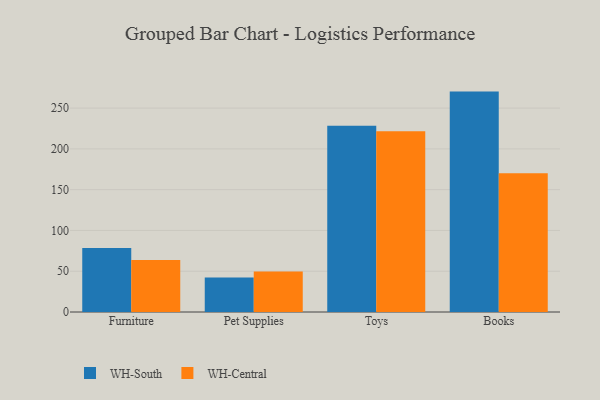
{"axis": {"x": "Category", "y": "Production Output"}, "legend": ["WH-Central", "WH-South"], "data": [{"x": "Furniture", "y": 78.4, "type": "WH-South"}, {"x": "Furniture", "y": 63.6, "type": "WH-Central"}, {"x": "Pet Supplies", "y": 42.2, "type": "WH-South"}, {"x": "Pet Supplies", "y": 49.6, "type": "WH-Central"}, {"x": "Toys", "y": 228.3, "type": "WH-South"}, {"x": "Toys", "y": 221.7, "type": "WH-Central"}, {"x": "Books", "y": 270.2, "type": "WH-South"}, {"x": "Books", "y": 170.0, "type": "WH-Central"}]}